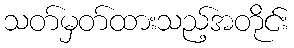
သတ်မှတ်ထားသည့်အတိုင်း